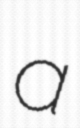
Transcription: a